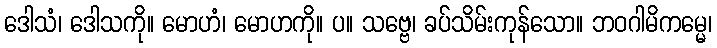
ဒေါသံ၊ ဒေါသကို။ မောဟံ၊ မောဟကို။ ပ။ သဗ္ဗေ၊ ခပ်သိမ်းကုန်သော။ ဘဝဂါမိကမ္မေ၊